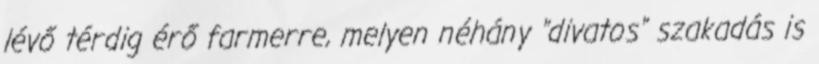
lévő térdig érő farmerre, melyen néhány "divatos" szakadás is